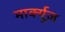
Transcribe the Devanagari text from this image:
मार्क्यूज़